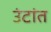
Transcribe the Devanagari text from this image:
उंटांत